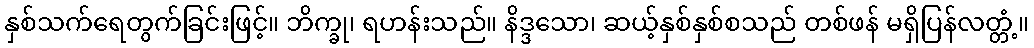
နှစ်သက်ရေတွက်ခြင်းဖြင့်။ ဘိက္ခု၊ ရဟန်းသည်။ နိဒ္ဒသော၊ ဆယ့်နှစ်နှစ်စသည် တစ်ဖန် မရှိပြန်လတ္တံ့။